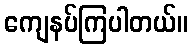
ကျေနပ်ကြပါတယ်။